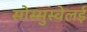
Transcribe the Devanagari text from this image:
सोस्सुस्वेलई